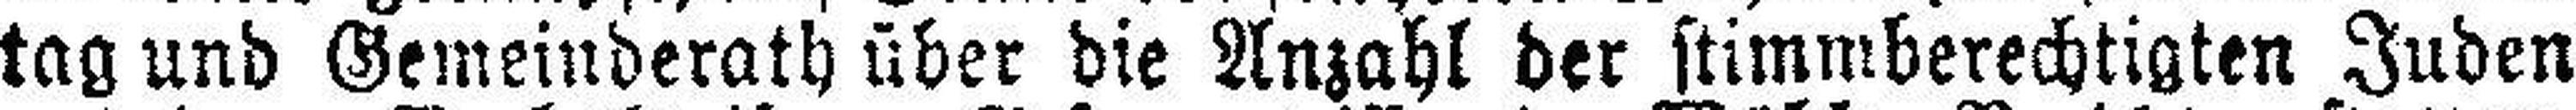
tag und Gemeinderath über die Anzahl der stimmberechtigten Juden